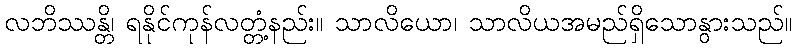
လဘိဿန္တိ၊ ရနိုင်ကုန်လတ္တံ့နည်း။ သာလိယော၊ သာလိယအမည်ရှိသောနွားသည်။